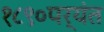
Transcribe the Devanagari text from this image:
१८९०पर्यंत